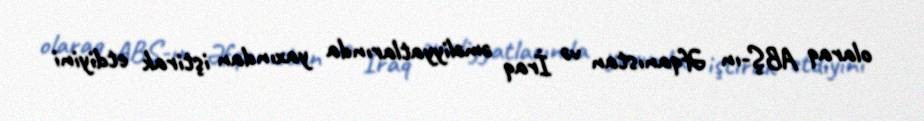
olaraq ABŞ-ın Əfqanıstan və İraq əməliyyatlarında yaxından iştirak etdiyini